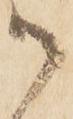
御